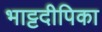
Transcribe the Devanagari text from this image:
भाट्टदीपिका